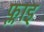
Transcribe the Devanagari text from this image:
फ्लाइ